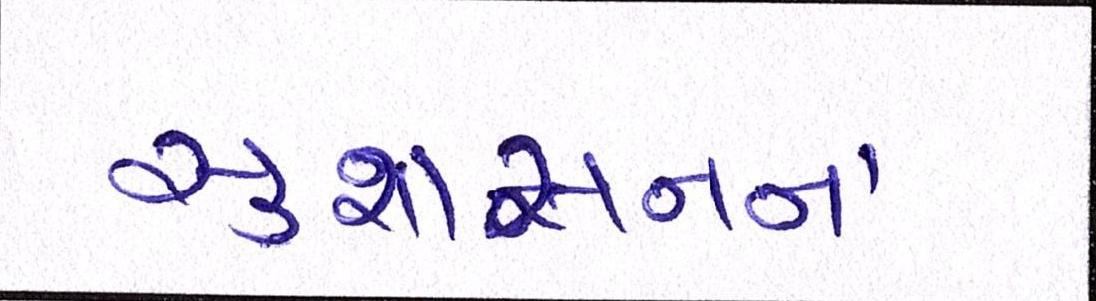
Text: સુશાસનના